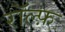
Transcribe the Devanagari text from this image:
रॉल्फ़